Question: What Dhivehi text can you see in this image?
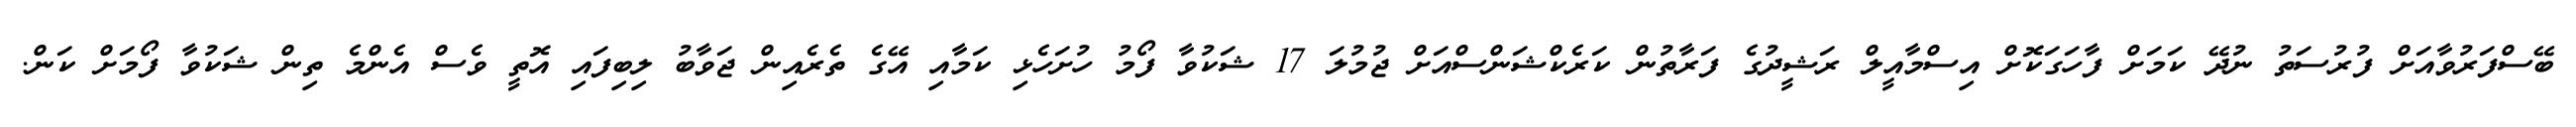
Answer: ބޭސްފަރުވާއަށް ފުރުސަތު ނުދޭ ކަމަށް ފާހަގަކޮށް އިސްމާއީލް ރަޝީދުގެ ފަރާތުން ކަރެކްޝަންސްއަށް ޖުމުލަ 17 ޝަކުވާ ފޯމު ހުށަހެޅި ކަމާއި އޭގެ ތެރެއިން ޖަވާބު ލިބިފައި އޮތީ ވެސް އެންމެ ތިން ޝަކުވާ ފޯމަށް ކަން.